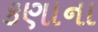
કણાના